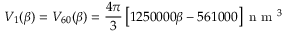
V _ { 1 } ( \beta ) = V _ { 6 0 } ( \beta ) = \frac { 4 \pi } { 3 } \left[ 1 2 5 0 0 0 0 \beta - 5 6 1 0 0 0 \right] \mathrm { ~ n ~ m ~ } ^ { 3 }